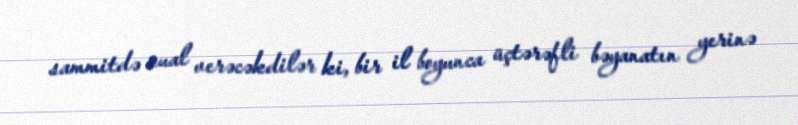
sammitdə sual verəcəkdilər ki, bir il boyunca üçtərəfli bəyanatın yerinə